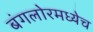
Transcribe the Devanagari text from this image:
बंगलोरमध्येच